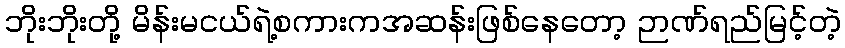
ဘိုးဘိုးတို့ မိန်းမငယ်ရဲ့စကားကအဆန်းဖြစ်နေတော့ ဉာဏ်ရည်မြင့်တဲ့